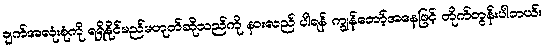
ချက်အလုံးစုံကို ရရှိနိုင်မည်မဟုတ်ဆိုသည်ကို နားလည် ပါရန် ကျွန်တော့်အနေဖြင့် တိုက်တွန်းပါတယ်။